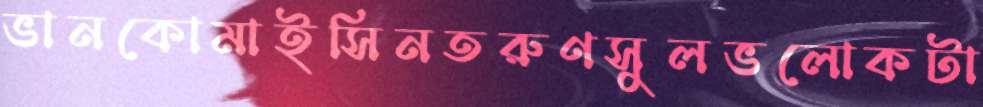
ভানকোমাইসিনতরুণসুলভলোকটা